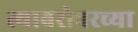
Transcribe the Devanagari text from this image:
त्याबरोबरच्या